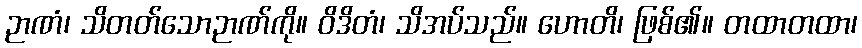
ဉာဏံ၊ သိတတ်သောဉာဏ်ကို။ ဝိဒိတံ၊ သိအပ်သည်။ ဟောတိ၊ ဖြစ်၏။ တထာတထာ၊